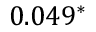
0 . 0 4 9 ^ { * }